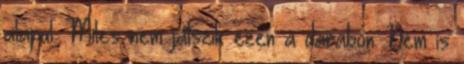
alapul. Miles nem játszik ezen a darabon. Nem is